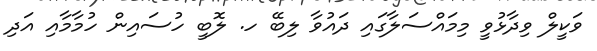
ވަކީލް ވިދާޅުވީ މިމައްސަލާގައި ދައުވާ ލިބޭ ހ. ލޮބީ ހުސައިން ހުމާމާއި އަދި